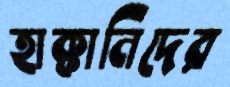
হাক্কানিদের